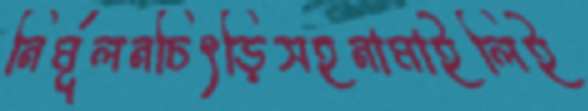
নির্মূলনচিৎড়িসহনামাইলিই